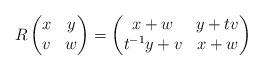
LaTeX: \begin{align*} R\begin{pmatrix} x & y \\ v & w \end{pmatrix} = \begin{pmatrix} x+w & y+tv \\ t^{-1}y+v & x+w\end{pmatrix}\end{align*}